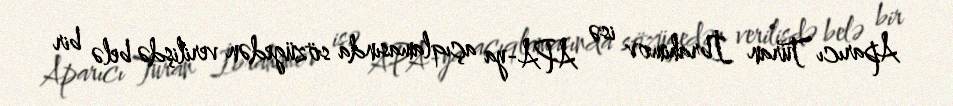
Aparıcı Turan İbrahimov isə APA-ya açıqlamasında sözügedən verilişdə belə bir